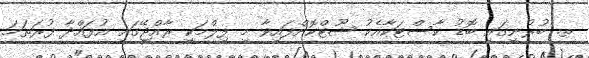
ތ. ބުރުނީގައި ބޮޑު ކާސްޓަކާއެކު ޝޫޓްކޮށްފައިވާ މި ފިލްމަކީ ރާއްޖޭގައި އުފައްދާ ފުރަތަމަ